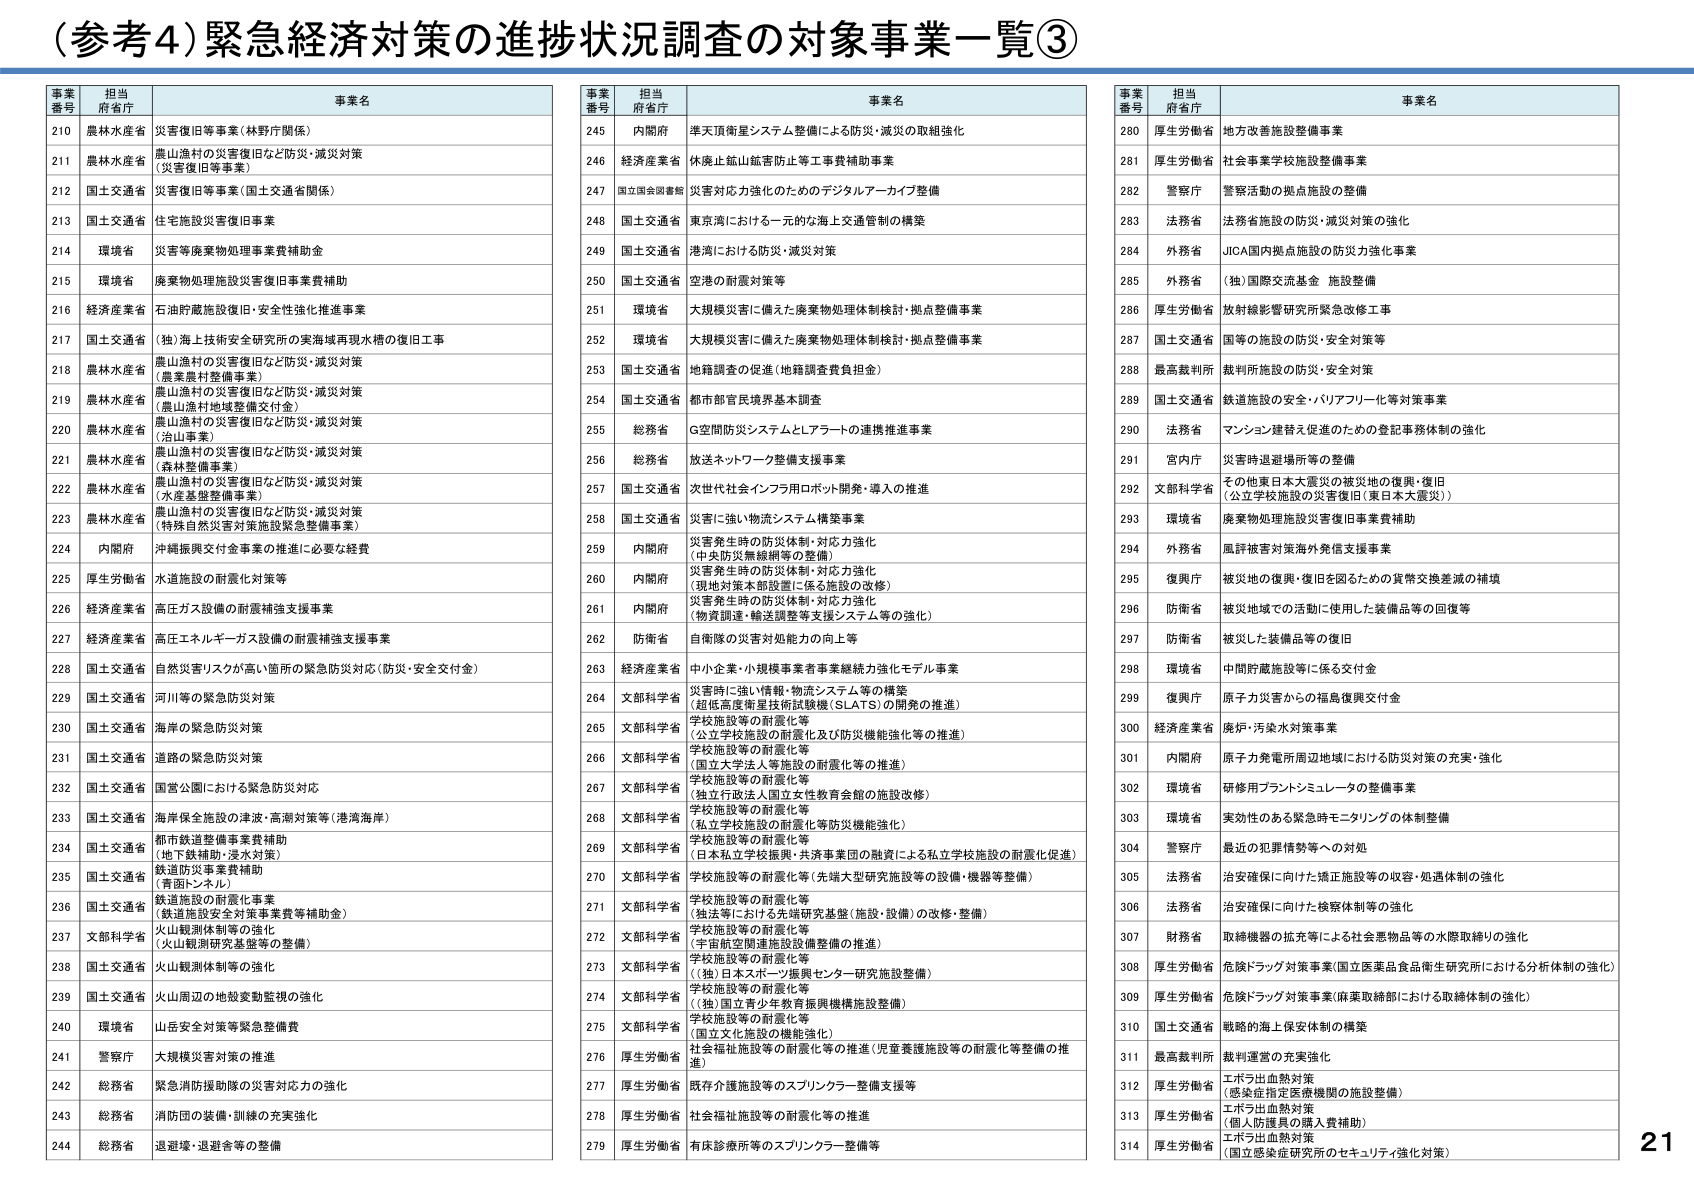
（参考4）緊急経済対策の進捗状況調査の対象事業一覧③

事業番号 担当府省庁 事業名
210 農林水産省 災害復旧等事業（林野庁関係）
211 農林水産省 農山漁村の災害復旧など防災・減災対策（災害復旧等事業）
212 国土交通省 災害復旧等事業（国土交通省関係）
213 国土交通省 住宅施設災害復旧事業
214 環境省 災害等廃棄物処理事業費補助金
215 環境省 廃棄物処理施設災害復旧事業費補助
216 経済産業省 石油貯蔵施設復旧・安全性強化推進事業
217 国土交通省 （独）海上技術安全研究所の実海域再現水槽の復旧工事
218 農林水産省 農山漁村の災害復旧など防災・減災対策（農業農村整備事業）
219 農林水産省 農山漁村の災害復旧など防災・減災対策（農山漁村地域整備交付金）
220 農林水産省 農山漁村の災害復旧など防災・減災対策（治山事業）
221 農林水産省 農山漁村の災害復旧など防災・減災対策（森林整備事業）
222 農林水産省 農山漁村の災害復旧など防災・減災対策（水産基盤整備事業）
223 農林水産省 農山漁村の災害復旧など防災・減災対策（特殊自然災害対策施設緊急整備事業）
224 内閣府 沖縄振興交付金事業の推進に必要な経費
225 厚生労働省 水道施設の耐震化対策等
226 経済産業省 高圧ガス設備の耐震補強支援事業
227 経済産業省 高圧エネルギーガス設備の耐震補強支援事業
228 国土交通省 自然災害リスクが高い箇所の緊急防災対応（防災・安全交付金）
229 国土交通省 河川等の緊急防災対策
230 国土交通省 海岸の緊急防災対策
231 国土交通省 道路の緊急防災対策
232 国土交通省 国営公園における緊急防災対応
233 国土交通省 海岸保全施設の津波・高潮対策等（港湾海岸）
234 国土交通省 都市鉄道整備事業費補助（地下鉄補助・浸水対策）
235 国土交通省 鉄道防災事業費補助（青函トンネル）
236 国土交通省 鉄道施設の耐震化事業（鉄道施設安全対策事業費等補助金）
237 文部科学省 火山観測体制等の強化（火山観測研究基盤等の整備）
238 国土交通省 火山観測体制等の強化
239 国土交通省 火山周辺の地殻変動監視の強化
240 環境省 山岳安全対策等緊急整備費
241 警察庁 大規模災害対策の推進
242 総務省 緊急消防援助隊の災害対応力の強化
243 総務省 消防団の装備・訓練の充実強化
244 総務省 退避壕・退避舎等の整備

事業番号 担当府省庁 事業名
245 内閣府 準天頂衛星システム整備による防災・減災の取組強化
246 経済産業省 休廃止鉱山鉱害防止等工事費補助事業
247 国土国会調査院 災害対応力強化のためのデジタルアーカイブ整備
248 国土交通省 東京湾における一元的な海上交通管制の構築
249 国土交通省 港湾における防災・減災対策
250 国土交通省 空港の耐震対策等
251 環境省 大規模災害に備えた廃棄物処理体制検討・拠点整備事業
252 環境省 大規模災害に備えた廃棄物処理体制検討・拠点整備事業
253 国土交通省 地籍調査の促進（地籍調査費負担金）
254 国土交通省 都市部官民境界基本調査
255 総務省 G空間防災システムとL7アートの連携推進事業
256 総務省 放送ネットワーク整備支援事業
257 国土交通省 次世代社会インフラ用ロボット開発・導入の推進
258 国土交通省 災害に強い物流システム構築事業
259 内閣府 災害発生時の防災体制・対応力強化（中央防災無線網等の整備）
260 内閣府 災害発生時の防災体制・対応力強化（現地対策本部設置に係る施設の改修）
261 内閣府 災害発生時の防災体制・対応力強化（物資調達・輸送調整等支援システム等の強化）
262 防衛省 自衛隊の災害対処能力の向上等
263 経済産業省 中小企業・小規模事業者事業継続力強化モデル事業
264 文部科学省 災害時に強い情報・物流システム等の構築（超低高度衛星技術試験機（SLATS）の開発の推進）
265 文部科学省 学校施設等の耐震化等（公立学校施設の耐震化及び防災機能強化等の推進）
266 文部科学省 学校施設等の耐震化等（国立大学法人等施設の耐震化等の推進）
267 文部科学省 学校施設等の耐震化等（独立行政法人国立女性教育会館の施設改修）
268 文部科学省 学校施設等の耐震化等（私立学校施設の耐震化等防災機能強化）
269 文部科学省 学校施設等の耐震化等（日本私立学校振興・共済事業団の融資による私立学校施設の耐震化促進）
270 文部科学省 学校施設等の耐震化等（先端大型研究施設等の設備・機器等整備）
271 文部科学省 学校施設等の耐震化等（独法等における先端研究基盤（施設・設備）の改修・整備）
272 文部科学省 学校施設等の耐震化等（宇宙航空関連施設設備整備の推進）
273 文部科学省 学校施設等の耐震化等（（独）日本スポーツ振興センター研究施設整備）
274 文部科学省 学校施設等の耐震化等（（独）国立青少年教育振興機構施設整備）
275 文部科学省 学校施設等の耐震化等（国立文化施設の機能強化）
276 厚生労働省 社会福祉施設等の耐震化等の推進（児童養護施設等の耐震化等整備の推進）
277 厚生労働省 既存介護施設等のスプリンクラー整備支援等
278 厚生労働省 社会福祉施設等の耐震化等の推進
279 厚生労働省 有床診療所等のスプリンクラー整備等

事業番号 担当府省庁 事業名
280 厚生労働省 地方改善施設整備事業
281 厚生労働省 社会事業学校施設整備事業
282 警察庁 警察活動の拠点施設の整備
283 法務省 法務省施設の防災・減災対策の強化
284 外務省 JICA国内拠点施設の防災力強化事業
285 外務省 （独）国際交流基金 施設整備
286 厚生労働省 放射線影響研究所緊急改修工事
287 国土交通省 国等の施設の防災・安全対策等
288 最高裁判所 裁判所施設の防災・安全対策
289 国土交通省 鉄道施設の安全・バリアフリー化等対策事業
290 法務省 マンション建替え促進のための登記事務体制の強化
291 宮内庁 災害時退避場所等の整備
292 文部科学省 その他東日本大震災の被災地の復興・復旧（公立学校施設の災害復旧（東日本大震災））
293 環境省 廃棄物処理施設災害復旧事業費補助
294 外務省 風評被害対策海外発信支援事業
295 復興庁 被災地の復興・復旧を図るための貨幣交換差減の補填
296 防衛省 被災地域での活動に使用した装備品等の回復等
297 防衛省 被災した装備品等の復旧
298 環境省 中間貯蔵施設等に係る交付金
299 復興庁 原子力災害からの福島復興交付金
300 経済産業省 焼炉・汚染水対策事業
301 内閣府 原子力発電所周辺地域における防災対策の充実・強化
302 環境省 研修用プラントシミュレータの整備事業
303 環境省 実効性のある緊急時モニタリングの体制整備
304 警察庁 最近の犯罪情勢等への対処
305 法務省 治安確保に向けた捜査施設等の収容・処遇体制の強化
306 法務省 治安確保に向けた検察体制等の強化
307 財務省 取締機関の拡充等による社会悪物品等の水際取締りの強化
308 厚生労働省 危険ドラッグ対策事業（国立医薬品食品衛生研究所における分析体制の強化）
309 厚生労働省 危険ドラッグ対策事業（麻薬取締部における取締体制の強化）
310 国土交通省 戦略的海上保安体制の構築
311 最高裁判所 裁判運営の充実強化
312 厚生労働省 エボラ出血熱対策（感染症指定医療機関の施設整備）
313 厚生労働省 エボラ出血熱対策（個人防護具の購入費補助）
314 厚生労働省 エボラ出血熱対策（国立感染症研究所のセキュリティ強化対策）

21